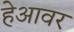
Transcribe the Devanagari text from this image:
हेआवर